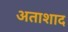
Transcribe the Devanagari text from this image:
अताशाद